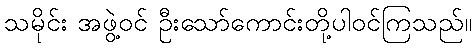
သမိုင်း အဖွဲ့ဝင် ဦးသော်ကောင်းတို့ပါဝင်ကြသည်။